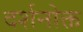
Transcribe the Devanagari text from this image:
दर्शनोक्त